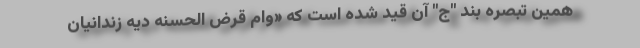
همین تبصره بند "ج" آن قید شده است که «وام قرض الحسنه دیه زندانیان